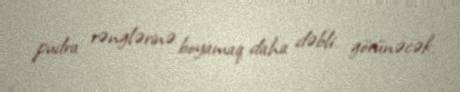
pudra rənglərinə boyamaq daha dəbli görünəcək.